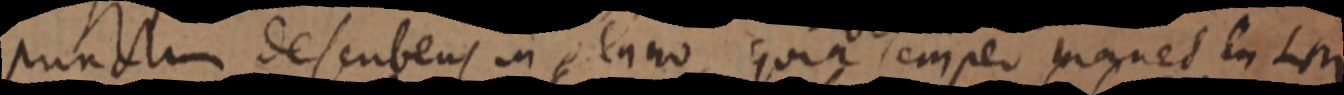
punctum desubens in plano, quia semper manet in LM